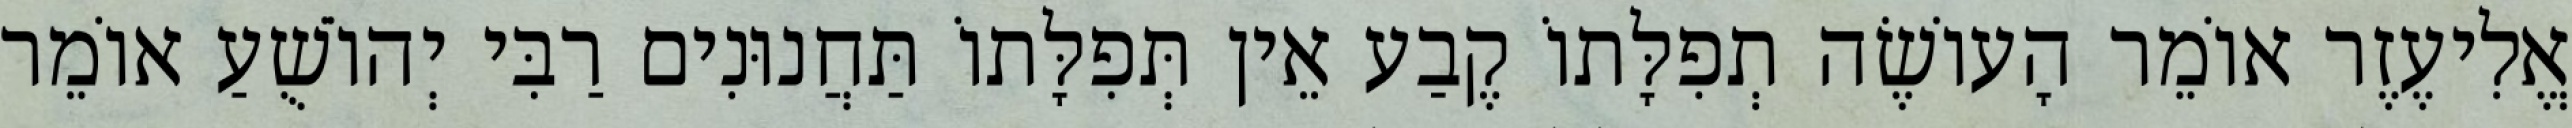
אֱלִיעֶזֶר אוֹמֵר הָעוֹשֶׂה תְפִלָּתוֹ קֶבַע אֵין תְּפִלָּתוֹ תַּחֲנוּנִים רַבִּי יְהוֹשֻׁעַ אוֹמֵר